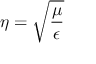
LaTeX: \eta = { \sqrt { \frac { \mu } { \epsilon } } }